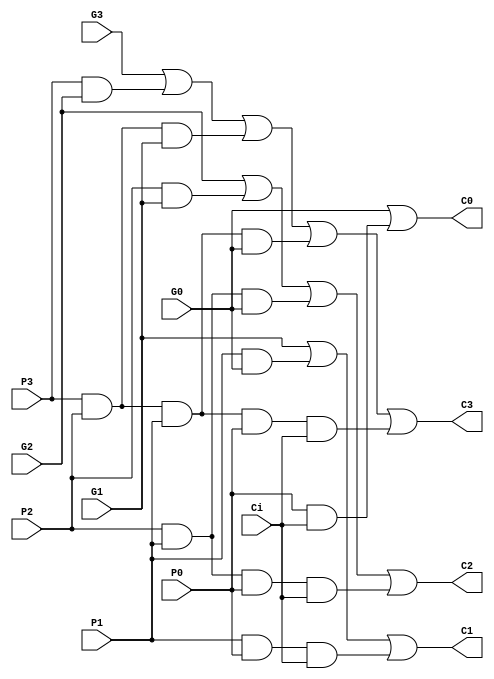
module _4bit_carry_generator (Ci,P0,P1,P2,P3,G0,G1,G2,G3,C0,C1,C2,C3);
    input Ci,P0,P1,P2,P3,G0,G1,G2,G3;
    output C0,C1,C2,C3;
    assign C0 = G0|(P0&Ci);
    assign C1 = G1|(P1&G0)|(P1&P0&Ci);
    assign C2 = G2|(P2&G1)|(P2&P1&G0)|(P2&P1&P0&Ci);
    assign C3 = G3|(P3&G2)|(P3&P2&G1)|(P3&P2&P1&G0)|(P3&P2&P1&P0&Ci);
endmodule